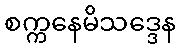
စက္ကနေမိသဒ္ဒေန